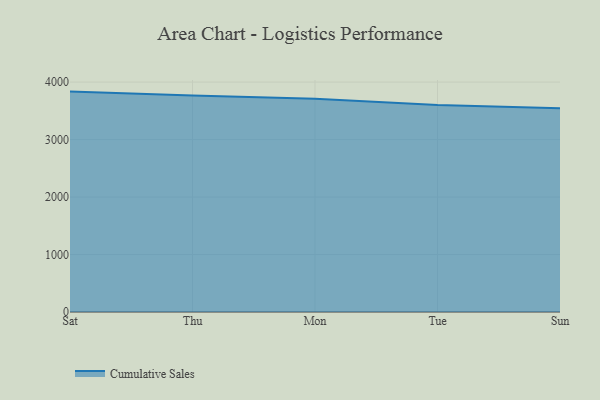
{"axis": {"x": "Day", "y": "LTV (USD)"}, "legend": ["Cumulative Sales"], "data": [{"x": "Sat", "y": 3834.5, "type": "Cumulative Sales"}, {"x": "Thu", "y": 3765.3, "type": "Cumulative Sales"}, {"x": "Mon", "y": 3711.1, "type": "Cumulative Sales"}, {"x": "Tue", "y": 3600.4, "type": "Cumulative Sales"}, {"x": "Sun", "y": 3546.6, "type": "Cumulative Sales"}]}